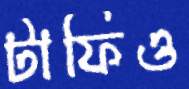
টাফিও